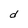
Character: d